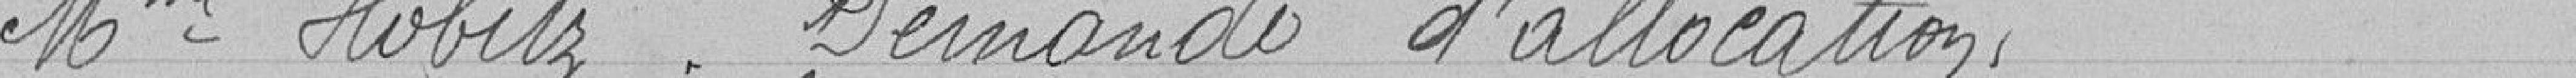
Madame HOBITZ. Demande d'allocations